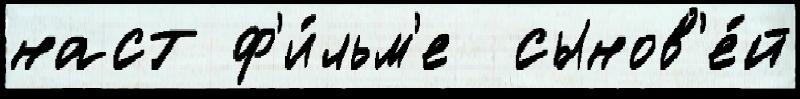
наст ф'и́льм'е  сынов'е́й